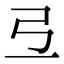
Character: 弖